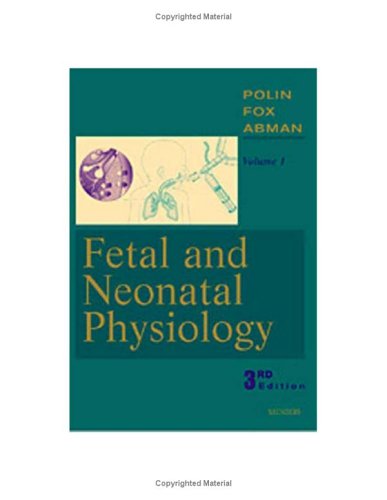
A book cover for Fetal and Neonatal Physiology 2 Vol. set; Richard A. Polin; Medical Books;